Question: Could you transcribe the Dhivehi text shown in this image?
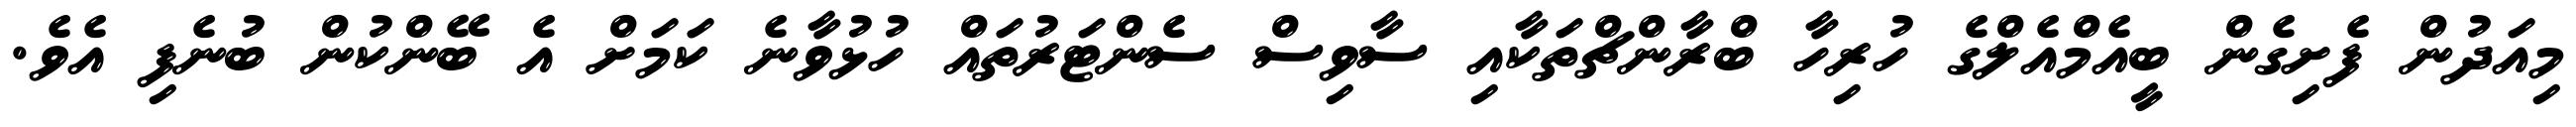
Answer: މިއަދުން ފެށިގެން ބީއެމްއެލްގެ ހުރިހާ ބްރާންޗްތަކާއި ސާވިސް ސެންޓަރުތައް ހުޅުވާނެ ކަމަށް އެ ބޭންކުން ބުނެފި އެވެ.